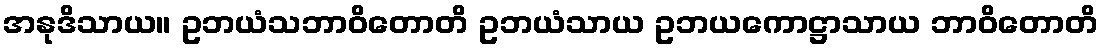
အနုဒိသာယ။ ဥဘယံသဘာဝိတောတိ ဥဘယံသာယ ဥဘယကောဋ္ဌာသာယ ဘာဝိတောတိ